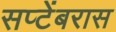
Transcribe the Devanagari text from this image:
सप्टेंबरास